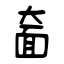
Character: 奤